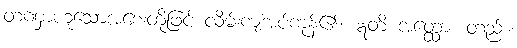
တဏှာဟူသောအစေးတို့ဖြင့် လိမ်းကျံအပ်ကုန်၏။ ဣတိ အတ္ထော၊ တည်း။